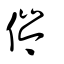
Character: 侺